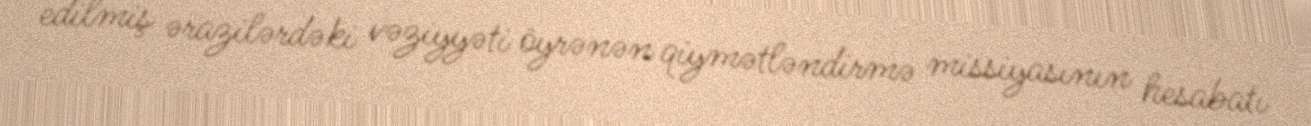
edilmiş ərazilərdəki vəziyyəti öyrənən qiymətləndirmə missiyasının hesabatı